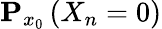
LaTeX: {\mathbf P}_{x_{0}}\left(X_{n}=0\right)